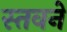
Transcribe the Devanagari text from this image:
स्तवने